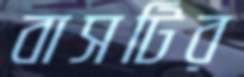
বাসটির